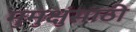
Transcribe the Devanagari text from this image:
मुमुक्षुंसाठी